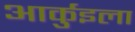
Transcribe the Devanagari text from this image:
आर्कुइला